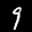
Label: 9